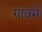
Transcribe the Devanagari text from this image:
गांवमे